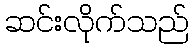
ဆင်းလိုက်သည်